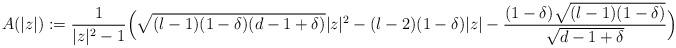
LaTeX: \begin{align*}A(|z|):=\frac{1}{|z|^2-1}\Big(\sqrt{(l-1)(1-\delta)(d-1+\delta)}|z|^2-(l-2)(1-\delta)|z|-\frac{(1-\delta)\sqrt{(l-1)(1-\delta)}}{\sqrt{d-1+\delta}}\Big)\end{align*}